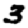
Digit: 3